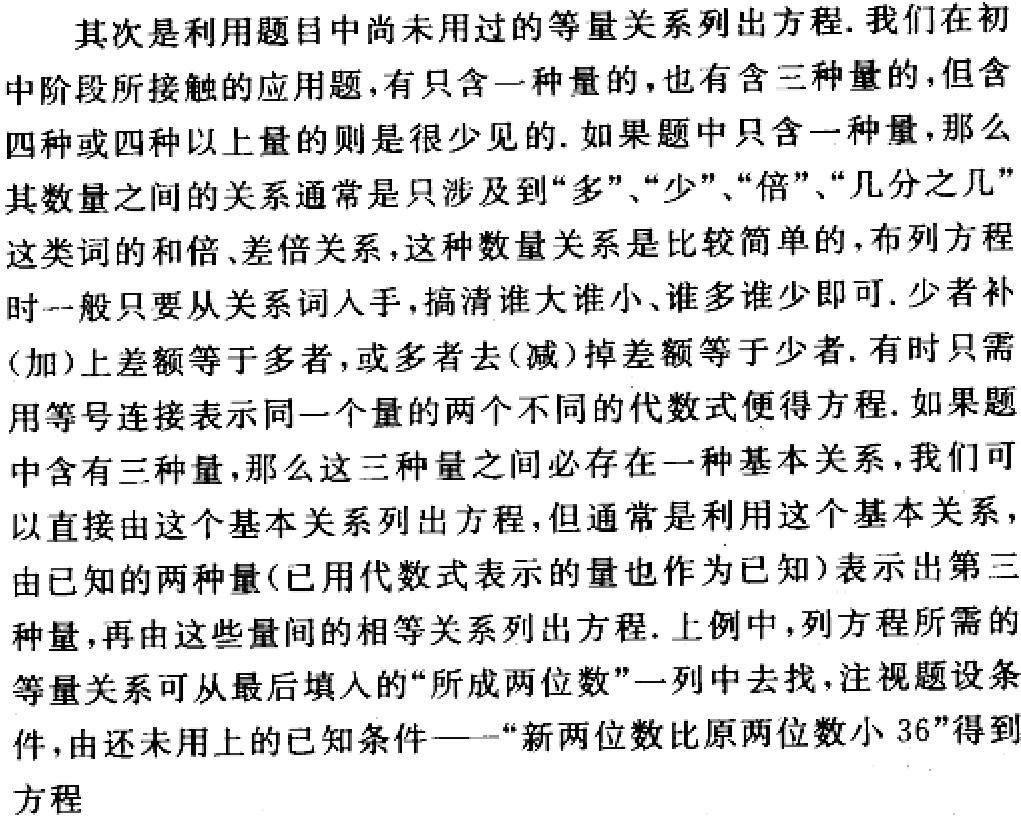
其次是利用题目中尚未用过的等量关系列出方程. 我们在初中阶段所接触的应用题, 有只含一种量的, 也有含三种量的, 但含四种或四种以上量的则是很少见的. 如果题中只含一种量, 那么其数量之间的关系通常是只涉及到“多”、“少”、“倍”、“几分之几”这类词的和倍、差倍关系, 这种数量关系是比较简单的, 布列方程时一般只要从关系词入手, 搞清谁大谁小、谁多谁少即可. 少者补(加)上差额等于多者, 或多者去(减)掉差额等于少者. 有时只需用等号连接表示同一个量的两个不同的代数式便得方程. 如果题中含有三种量, 那么这三种量之间必存在一种基本关系, 我们可以直接由这个基本关系列出方程, 但通常是利用这个基本关系, 由已知的两种量(已用代数式表示的量也作为已知)表示出第三种量, 再由这些量间的相等关系列出方程. 上例中, 列方程所需的等量关系可从最后填入的“所成两位数”一列中去找, 注视题设条件, 由还未用上的已知条件——“新两位数比原两位数小 36”得到方程